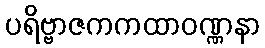
ပရိဗ္ဗာဇကကထာဝဏ္ဏနာ